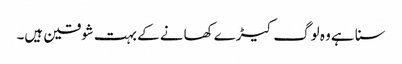
سنا ہے وہ لوگ کیڑے کھانے کے بہت شوقین ہیں۔